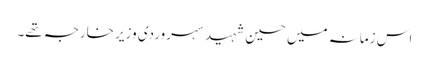
اس زمانہ میں حسین شہید سہروردی وزیر خارجہ تھے۔